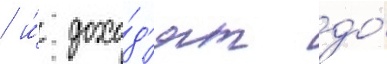
/ и́ дохо́д'ят до́